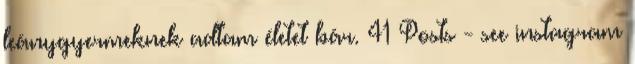
leánygyermeknek adtam életet bár. 41 Posts - see instagram